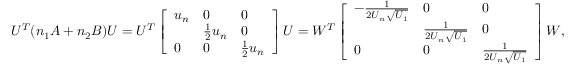
U ^ { T } ( n _ { 1 } A + n _ { 2 } B ) U = U ^ { T } \left[ \begin{array} { l l l } { u _ { n } } & { 0 } & { 0 } \\ & { \frac { 1 } { 2 } u _ { n } } & { 0 } \\ { 0 } & { 0 } & { \frac { 1 } { 2 } u _ { n } } \end{array} \right] U = W ^ { T } \left[ \begin{array} { l l l } { - \frac { 1 } { 2 U _ { n } \sqrt { U _ { 1 } } } } & { 0 } & { 0 } \\ & { \frac { 1 } { 2 U _ { n } \sqrt { U _ { 1 } } } } & { 0 } \\ { 0 } & { 0 } & { \frac { 1 } { 2 U _ { n } \sqrt { U _ { 1 } } } } \end{array} \right] W ,